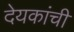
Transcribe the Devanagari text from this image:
देयकांची